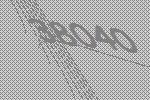
38040